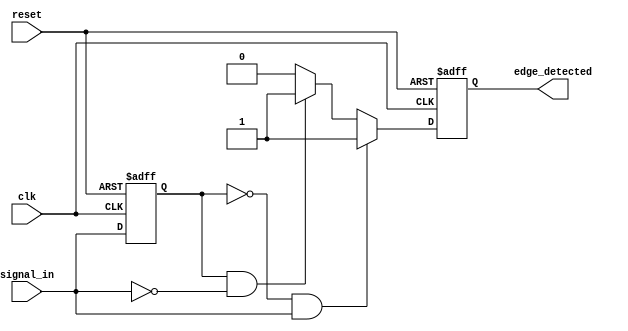
module glitch_free_edge_detector (
    input wire clk,             // Clock signal
    input wire reset,           // Asynchronous reset signal
    input wire signal_in,       // Input signal to detect edges
    output reg edge_detected     // Output signal indicating edge detection
);

    // Memory element to store the previous state of the input signal
    reg signal_in_prev;

    // Asynchronous reset and edge detection logic
    always @(posedge clk or posedge reset) begin
        if (reset) begin
            signal_in_prev <= 1'b0; // Initialize previous state on reset
            edge_detected <= 1'b0;   // Initialize edge detected signal
        end else begin
            // Edge detection logic
            if (signal_in_prev == 1'b0 && signal_in == 1'b1) begin
                // Rising edge detected
                edge_detected <= 1'b1; // Assert edge detected
            end else if (signal_in_prev == 1'b1 && signal_in == 1'b0) begin
                // Falling edge detected
                edge_detected <= 1'b1; // Assert edge detected
            end else begin
                edge_detected <= 1'b0; // No edge detected
            end

            // Update previous state
            signal_in_prev <= signal_in;
        end
    end

endmodule